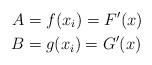
LaTeX: \begin{align*}A&= f(x_i)= F'(x)\\B&= g(x_i)= G'(x)\end{align*}